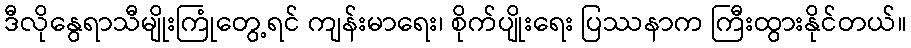
ဒီလိုနွေရာသီမျိုးကြုံတွေ့ရင် ကျန်းမာရေး၊ စိုက်ပျိုးရေး ပြဿနာက ကြီးထွားနိုင်တယ်။